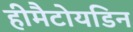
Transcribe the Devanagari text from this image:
हीमैटोयडिन